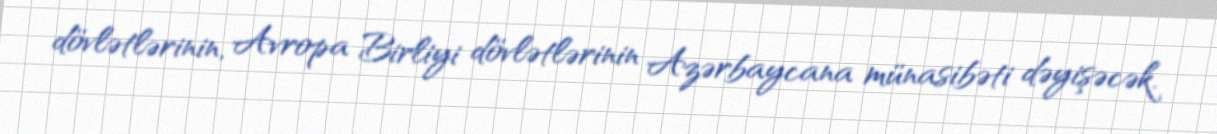
dövlətlərinin, Avropa Birliyi dövlətlərinin Azərbaycana münasibəti dəyişəcək.